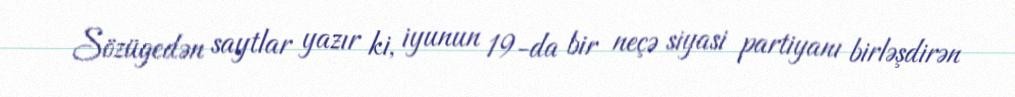
Sözügedən saytlar yazır ki, iyunun 19-da bir neçə siyasi partiyanı birləşdirən